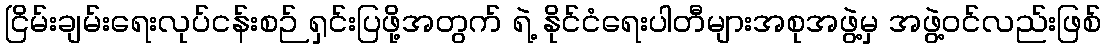
ငြိမ်းချမ်းရေးလုပ်ငန်းစဉ် ရှင်းပြဖို့အတွက် ရဲ့ နိုင်ငံရေးပါတီများအစုအဖွဲ့မှ အဖွဲ့ဝင်လည်းဖြစ်